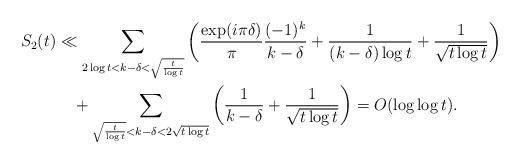
LaTeX: \begin{align*}S_2(t) &\ll \sum_{2\log t<k-\delta<\sqrt{\frac{t}{\log t}}} \left(\frac{\exp(i\pi \delta)}{\pi}\frac{ (-1)^k }{k-\delta}+\frac{1}{(k-\delta)\log t}+\frac{1}{\sqrt{t\log t}}\right) \\&\quad+ \sum_{\sqrt{\frac{t}{\log t}}<k-\delta<2\sqrt{t\log t}} \left(\frac{1}{k-\delta}+\frac{1}{\sqrt{t\log t}}\right)=O(\log \log t).\end{align*}